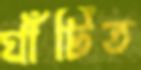
ঘাঁটিত